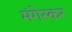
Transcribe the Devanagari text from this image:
मंगेस्कर